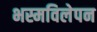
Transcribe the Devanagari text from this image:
भस्मविलेपन